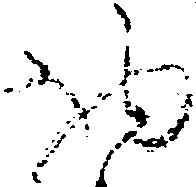
物